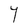
Character: Y